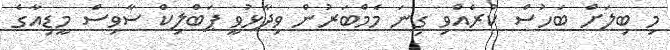
މި ބިލަށް ބަހުސް ކުރެއްވި ގިނަ މެމްބަރުން ވިދާޅުވީ ޕަބްލިކް ސާވިސް މީޑިއާގެ